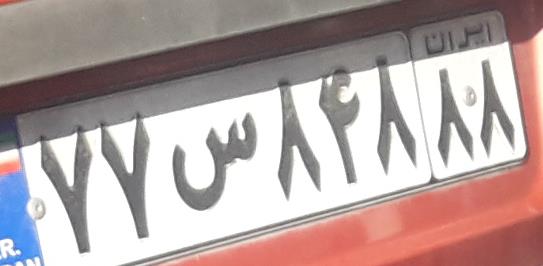
۷۷س۸۴۸۸۸